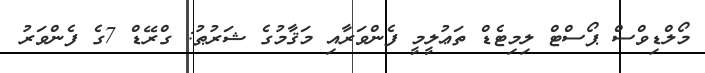
މޯލްޑިވްސް ޕޯސްޓް ލިމިޓެޑް ތަޢުލީމީ ފެންވަރާއި މަޤާމުގެ ޝަރުޠު: ގްރޭޑް 7ގެ ފެންވަރު